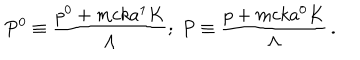
LaTeX: P ^ { 0 } \equiv \frac { p ^ { 0 } + m c k a ^ { 1 } K } { \Lambda } ; \; P \equiv \frac { p + m c k a ^ { 0 } K } { \Lambda } \, .